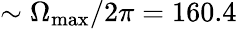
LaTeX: \sim\Omega_{\mathrm{max}}/2\pi=160.4